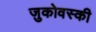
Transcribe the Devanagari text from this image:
ज़ुकोवस्की